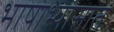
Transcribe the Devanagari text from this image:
भाषाभ्यासात